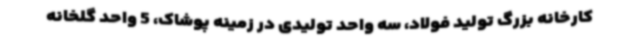
کارخانه بزرگ تولید فولاد، سه واحد تولیدی در زمینه پوشاک، 5 واحد گلخانه